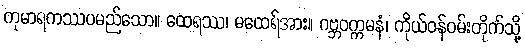
ကုမာရကဿပမည်သော။ ထေရဿ၊ မထေရ်အား။ ဂဗ္ဘဝက္ကမနံ၊ ကိုယ်ဝန်ဝမ်းတိုက်သို့